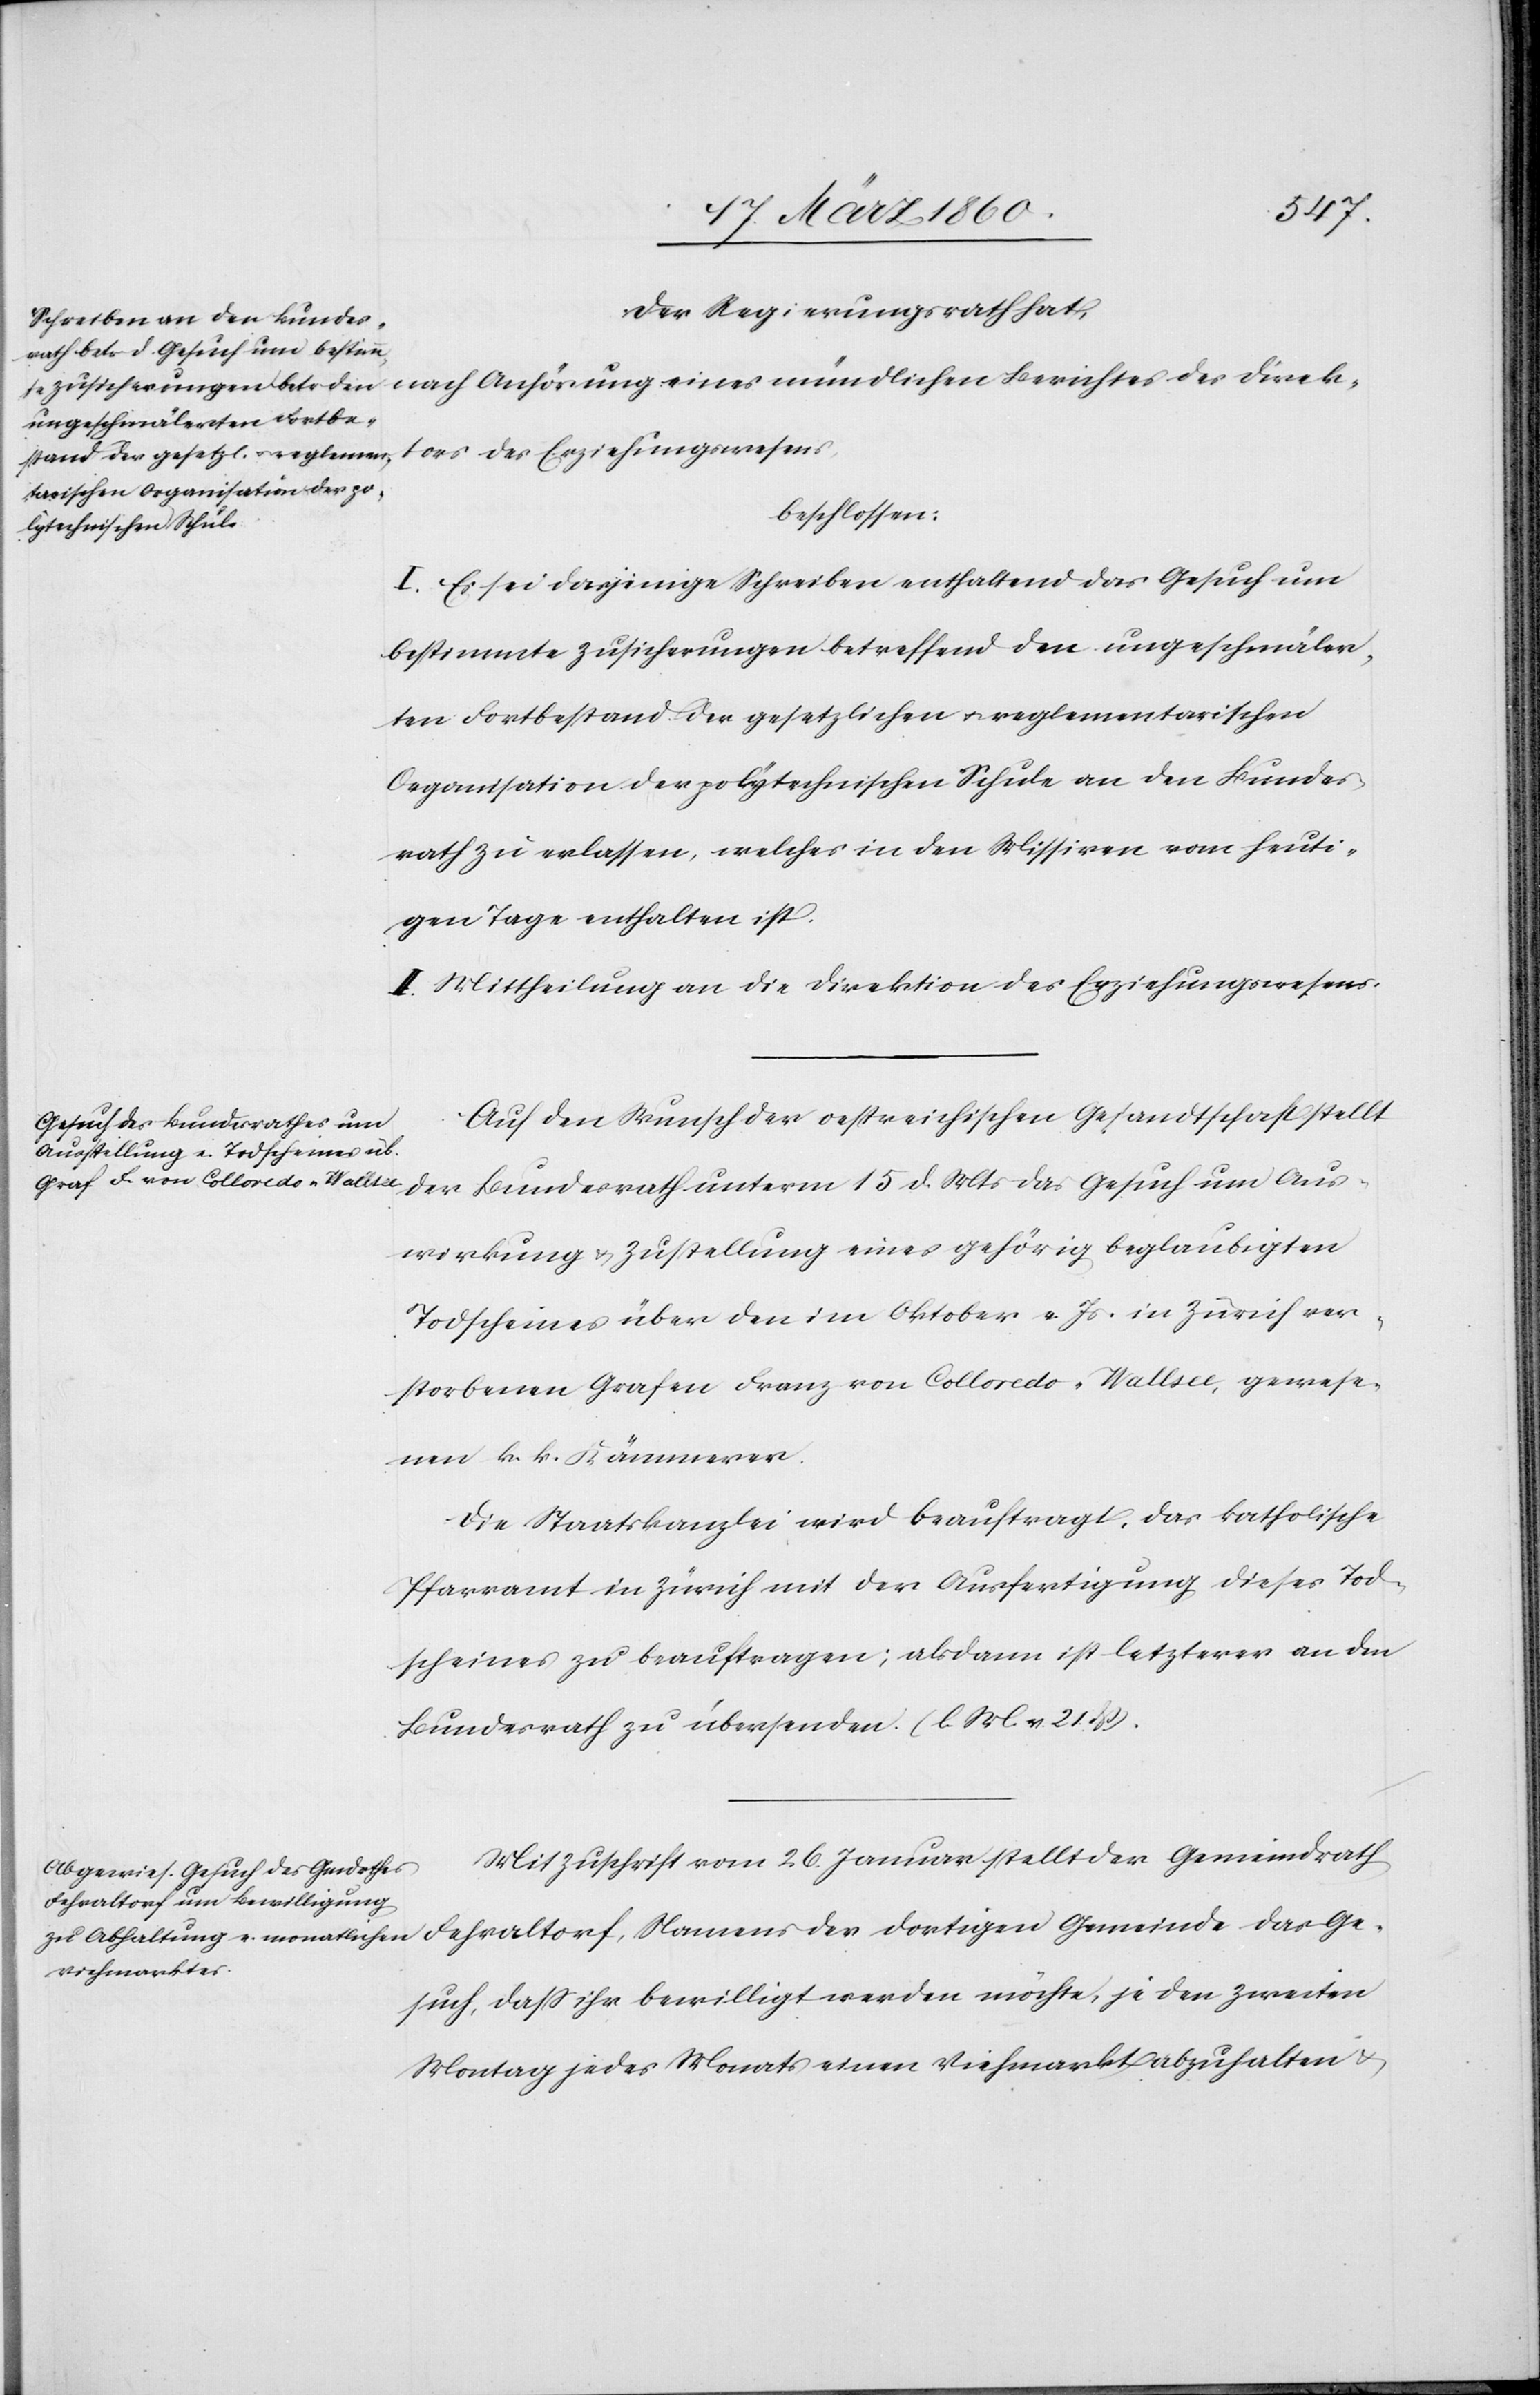
Der Regierungsrath hat,
beschlossen:
I. Es sei dasjenige Schreiben enthaltend das Gesuch um
bestimmte Zusicherungen betreffend den ungeschmäler¬
ten Fortbestand der gesetzlichen u. reglementarischen
Organisation der polytechnischen Schule an den Bundes¬
rath zu erlassen, welches in den Missiven vom heuti¬
gen Tage enthalten ist.
II. Mittheilung an die Direktion des Erziehungswesens.
Auf den Wunsch der oestreichischen Gesandtschaft stellt
der Bundesrath unterm 15. d. Mts. das Gesuch um Aus¬
wirkung u. Zustellung eines gehörig beglaubigten
Todscheines über den im Oktober v. Js. in Zürich ver¬
storbenen Grafen Franz von Colloredo-Wallsee, gewese¬
nen k. k. Kämmerer.
Die Staatskanzlei wird beauftragt, das katholische
Pfarramt in Zürich mit der Ausfertigung dieses Tod¬
scheines zu beauftragen; alsdann ist letzterer an den
Bundesrath zu übersenden. [l. M. v. 21. dß.]
Mit Zuschrift vom 26. Januar stellt der Gemeindrath
Gesuch, daß ihr bewilligt werden möchte, je den zweiten
Montag jedes Monats einen Viehmarkt abzuhalten u.